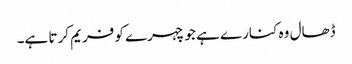
ڈھال وہ کنارے ہے جو چہرے کو فریم کرتا ہے۔